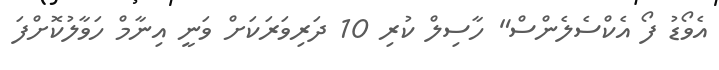
އެވޯޑު ފޯ އެކްސެލެންސް" ހާސިލް ކުރި 10 ދަރިވަރަކަށް ވަނީ އިނާމް ހަވާލުކޮށްފަ